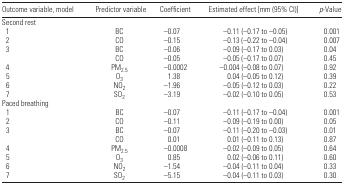
<table><thead><tr><td><b>Outcome variable, model</b></td><td><b>Predictor variable</b></td><td><b>Coefficient</b></td><td><b>Estimated effect [mm (95% CI)]</b></td><td><b><i>p</i>-Value</b></td></tr></thead><tbody><tr><td colspan="5">Second rest</td></tr><tr><td> 1</td><td>BC</td><td>−0.07</td><td>−0.11 (−0.17 to −0.05)</td><td>0.001</td></tr><tr><td> 2</td><td>CO</td><td>−0.15</td><td>−0.13 (−0.22 to −0.04)</td><td>0.007</td></tr><tr><td> 3</td><td>BC</td><td>−0.06</td><td>−0.09 (−0.17 to 0.03)</td><td>0.04</td></tr><tr><td></td><td>CO</td><td>−0.05</td><td>−0.05 (−0.17 to 0.07)</td><td>0.45</td></tr><tr><td> 4</td><td>PM<sub>2.5</sub></td><td>−0.0002</td><td>−0.004 (−0.08 to 0.07)</td><td>0.92</td></tr><tr><td> 5</td><td>O<sub>3</sub></td><td>1.38</td><td>0.04 (−0.05 to 0.12)</td><td>0.39</td></tr><tr><td> 6</td><td>NO<sub>2</sub></td><td>−1.96</td><td>−0.05 (−0.12 to 0.03)</td><td>0.22</td></tr><tr><td> 7</td><td>SO<sub>2</sub></td><td>−3.19</td><td>−0.02 (−0.10 to 0.05)</td><td>0.53</td></tr><tr><td colspan="5">Paced breathing</td></tr><tr><td> 1</td><td>BC</td><td>−0.07</td><td>−0.11 (−0.17 to −0.04)</td><td>0.001</td></tr><tr><td> 2</td><td>CO</td><td>−0.11</td><td>−0.09 (−0.19 to 0.00)</td><td>0.05</td></tr><tr><td> 3</td><td>BC</td><td>−0.07</td><td>−0.11 (−0.20 to −0.03)</td><td>0.01</td></tr><tr><td></td><td>CO</td><td>0.01</td><td>0.01 (−0.11 to 0.13)</td><td>0.87</td></tr><tr><td> 4</td><td>PM<sub>2.5</sub></td><td>−0.0008</td><td>−0.02 (−0.09 to 0.05)</td><td>0.64</td></tr><tr><td> 5</td><td>O<sub>3</sub></td><td>0.85</td><td>0.02 (−0.06 to 0.11)</td><td>0.60</td></tr><tr><td> 6</td><td>NO<sub>2</sub></td><td>−1.54</td><td>−0.04 (−0.11 to 0.04)</td><td>0.33</td></tr><tr><td> 7</td><td>SO<sub>2</sub></td><td>−5.15</td><td>−0.04 (−0.11 to 0.03)</td><td>0.30</td></tr></tbody></table>